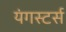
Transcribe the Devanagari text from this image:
यंगस्टर्स